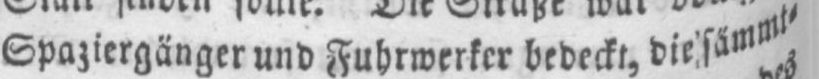
Spaziergänger und Fuhrwerker bedeckt, die sämmt⸗